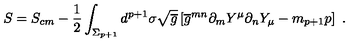
S = S _ { c m } - { \frac { 1 } { 2 } } \int _ { \Sigma _ { p + 1 } } d ^ { p + 1 } \sigma \sqrt { \overline { g } } \left[ \overline { { g } } ^ { m n } \partial _ { m } Y ^ { \mu } \partial _ { n } Y _ { \mu } - m _ { p + 1 } p \right] \ .